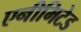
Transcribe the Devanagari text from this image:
एनीमिटेड